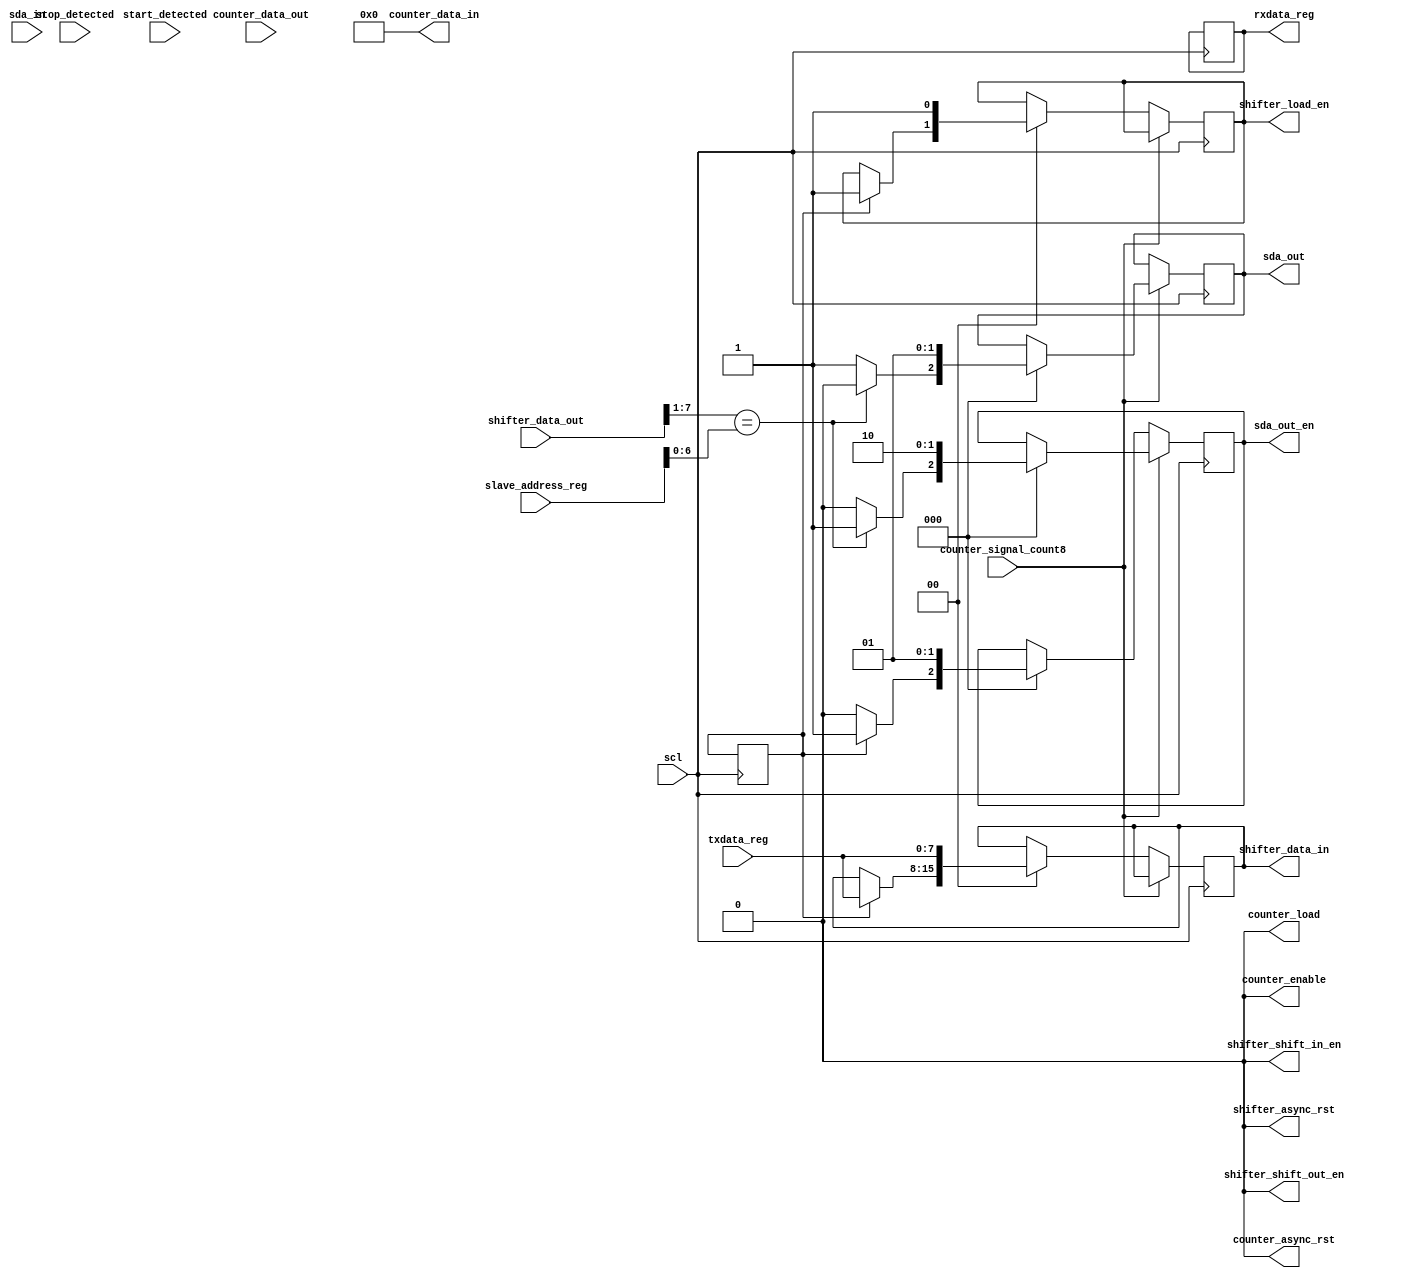
`timescale 1ns / 1ps

`define ENABLE					1'b1
`define DISABLE				1'b0
`define SDA_HIGH				1'b1
`define SDA_LOW				1'b0

`define ZERO					8'h00

`define STATE_IDLE			4'h0
`define STATE_SLAVEADDR		4'h1
`define STATE_SENDACK		4'h2
`define STATE_SLAVE_READ	4'h3
`define STATE_SLAVE_WRITE	4'h4
`define STATE_READACK		4'h5
`define STATE_WRITEACK		4'h6

`define SLAVE_READ			1'b0
`define SLAVE_WRITE			1'b1

//////////////////////////////////////////////////////////////////////////////////
// Company: 			Stevens Institute of Technology
// 
// Design Name: 
// Module Name:    	SlaveController 
// Project Name: 		SensorI2CSlave
// Target Devices: 
// Tool versions: 
// Description: 
//
// Dependencies: 
//
// Revision: 
// Revision 0.01 - File Created
// Additional Comments: 
//
//////////////////////////////////////////////////////////////////////////////////
module SlaveController(
    input scl,
	 input sda_in,
	 output reg sda_out,
	 output reg sda_out_en,
    input start_detected,
    input stop_detected,
    output reg shifter_load_en,
    output reg shifter_shift_in_en,
    output reg shifter_shift_out_en,
    output reg [7:0] shifter_data_in,
    input [7:0] shifter_data_out,
    output reg shifter_async_rst,
    output reg counter_enable,
    output reg counter_load,
    output reg [7:0] counter_data_in,
    input [7:0] counter_data_out,
    input counter_signal_count8,
    output reg counter_async_rst,
	 input [7:0]slave_address_reg,
	 input [7:0]txdata_reg,
	 output reg [7:0]rxdata_reg
    );

reg [3:0]slave_state;
reg [7:0]recv_data;
reg ack;

// 0 - Write (Slave needs to Read the Data)
// 1 - Read (Slave needs to Write the Data)
reg read_or_write_mode;

initial
begin
// Initial State as IDLE
slave_state <= `STATE_IDLE;

// Disable the SDA Out Enable
sda_out <= `SDA_HIGH;
sda_out_en <= `DISABLE;

shifter_load_en <= `DISABLE;
shifter_shift_in_en <= `DISABLE;
shifter_shift_out_en <= `DISABLE;
shifter_data_in <= `ZERO;
shifter_async_rst <= `DISABLE;
counter_enable <= `DISABLE;
counter_load <= `DISABLE;
counter_data_in <= `ZERO;
counter_async_rst <= `DISABLE;
rxdata_reg <= `ZERO;

// Clear the Internal Registers
recv_data <= `ZERO;
end	// initial begin

always@(posedge start_detected)
begin
	// Start Condition is detected
	// Now Next will be Slave Address of 7 bit and 1 bit R/W
	slave_state = `STATE_SLAVEADDR;
	
	// Enable Shifter to get the data in for 8 bits
	shifter_shift_in_en = `ENABLE;
	shifter_async_rst = `ENABLE;
	
	// Enable the Counter to count for 8 values
	counter_enable = `ENABLE;
	counter_async_rst = `ENABLE;
end

always@(posedge stop_detected)
begin
	// Stop Condition is detected
	// Transmission is over and Slave will be Idle
	
	// Disable Shifter
	shifter_shift_in_en = `DISABLE;
	shifter_shift_out_en = `DISABLE;
	shifter_async_rst = `DISABLE;
	
	// Disable the Counter
	counter_enable = `DISABLE;
	counter_async_rst = `DISABLE;
	
	// Change State to STATE_IDLE
	slave_state = `STATE_IDLE;
end

always@(posedge scl)
begin
	case(slave_state)
	`STATE_WRITEACK:
		begin
			ack = sda_in;
			
			if(ack == `SDA_LOW)
			begin
				// ACK is received from Master
				// Keep the State to STATE_WRITEACK
				// It will further handled at the negedge
				slave_state = `STATE_WRITEACK;
			end
			
			else
			begin
				// Received NACK from Master
				// No further Transmission required
				
				// Change State to STATE_IDLE
				slave_state = `STATE_IDLE;
			end
		end
	endcase
end

always@(negedge scl)
begin
	// Handling the Counter's Clock0 Signal8
	if(counter_signal_count8 == 1'b1)
	begin
		case(slave_state)
		`STATE_SLAVEADDR:
			begin
				// Slave was getting the Slave Address and R/W Bit
				// Now 8 bits are received
				// Stop the Counter
				counter_enable = `DISABLE;		
				counter_async_rst = `DISABLE;
				
				// Stop the Shifter
				shifter_shift_in_en = `DISABLE;
				shifter_async_rst = `DISABLE;
				
				// Get the values from Shifter
				recv_data = shifter_data_out;
			
				// Compare the Slave Address
				if(recv_data[7:1] == slave_address_reg[6:0])
				begin
					// Address Matches
					// save the mode of transfer
					read_or_write_mode = recv_data[0];
					
					// Send Acknowledgement
					// Write 0 to SDA for one clock pulse
					sda_out = `SDA_LOW;
					sda_out_en = `ENABLE;
					
					// Change state to ACK
					slave_state = `STATE_SENDACK;
				end
				else
				begin
					// Address does not match
					// keep the sda on High Impedence - NACK
					sda_out = `SDA_HIGH;
					sda_out_en = `DISABLE;
					
					// Change state to ACK
					slave_state = `STATE_IDLE;
				end
			end
			
		`STATE_SLAVE_READ:
			begin
				// Slave was receiving the Data from Master
				// Now 8 bits are received
				// Stop the Counter
				counter_enable = `DISABLE;		
				counter_async_rst = `DISABLE;
				
				// Stop the Shifter
				shifter_shift_in_en = `DISABLE;
				shifter_async_rst = `DISABLE;
				
				// Get the values from Shifter
				rxdata_reg = shifter_data_out;
				
				// Next Send the ACK to Master
				// Write 0 to SDA for one clock pulse
				sda_out = `SDA_LOW;
				sda_out_en = `ENABLE;
				
				// Change state to ACK
				slave_state = `STATE_READACK;
			end
			
		`STATE_SLAVE_WRITE :
			begin
				// Slave was writing the Data to Master
				// Now 8 bits are sent
				
				// Stop the Shifter
				shifter_shift_out_en = `DISABLE;
				shifter_load_en = `DISABLE;
				shifter_async_rst = `DISABLE;
				
				// Stop the Counter
				counter_enable = `DISABLE;		
				counter_async_rst = `DISABLE;
				
				// Next Wait for the ACK from Master
				sda_out = `SDA_HIGH;
				sda_out_en = `DISABLE;
				
				// Change state to STATE_WRITEACK
				slave_state = `STATE_WRITEACK;
			end
		endcase
	end	// if(counter_signal_count8 == 1'b1)
	
	else
	begin
		case(slave_state)
		`STATE_SENDACK:
			begin
				// by now, ACK will have been sent
				// Disable the sda_out_en
				sda_out = `SDA_HIGH;
				sda_out_en = `DISABLE;
				
				// Check the Mode of the Operation - Read or Write
				if(read_or_write_mode == `SLAVE_READ)
				begin
					// Slave is in the Read Mode
					// Enable the Shifter for receiving the data
					shifter_shift_in_en = `ENABLE;
					shifter_async_rst = `ENABLE;
					
					// Enable the Counter to count for 8 values
					counter_enable = `ENABLE;
					counter_async_rst = `ENABLE;
					
					// Change State to STATE_SLAVE_READ
					slave_state = `STATE_SLAVE_READ;
				end
				else
				begin
					// Slave is in Write Mode
					// Enable the Shifter for sending the data
					shifter_data_in = txdata_reg;
					shifter_load_en = `ENABLE;
					
					// Enable the SDA Buffer for Writing the data
					sda_out = `SDA_HIGH;
					sda_out_en = `ENABLE;
					
					// Enable the Counter to count for 8 values
					counter_enable = `ENABLE;
					counter_async_rst = `ENABLE;
					
					shifter_shift_out_en = `ENABLE;
					
					// Change State to STATE_SLAVE_WRITE
					slave_state = `STATE_SLAVE_WRITE;
				end
			end
		`STATE_READACK	:
			begin
				// by now, ACK will have been sent
				// Disable the sda_out_en
				sda_out = `SDA_HIGH;
				sda_out_en = `DISABLE;
				
				// Slave will continue to receive the Data
				// Enable the Shifter for receiving the data
				shifter_shift_in_en = `ENABLE;
				shifter_async_rst = `ENABLE;
				
				// Enable the Counter to count for 8 values
				counter_enable = `ENABLE;
				counter_async_rst = `ENABLE;
					
				// Change State to STATE_SLAVE_READ
				slave_state = `STATE_SLAVE_READ;
			end
			
		`STATE_WRITEACK:
			begin
				// We have received the ACK from the Master
				// Slave will continue to write the data into the Master
				// Enable the Shifter for sending the data
				shifter_data_in = txdata_reg;
				shifter_load_en = `ENABLE;
				
				// Enable the SDA Buffer for Writing the data
				sda_out = `SDA_HIGH;
				sda_out_en = `ENABLE;
				
				// Enable the Counter to count for 8 values
				counter_enable = `ENABLE;
				counter_async_rst = `ENABLE;
				
				shifter_shift_out_en = `ENABLE;
								
				// Change State to STATE_SLAVE_WRITE
				slave_state = `STATE_SLAVE_WRITE;
			end
		endcase
	end
end

endmodule